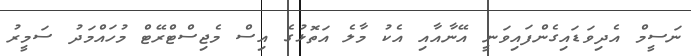
ނަސީމް އެދިވަޑައިގެންފައިވަނީ އޭނާއާއި އެކު މާލެ އަތޮޅުގެ އިސް މެޖިސްޓްރޭޓް މުހައްމަދު ސަމީރު